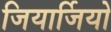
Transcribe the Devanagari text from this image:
जियार्जियो